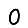
Digit: 0